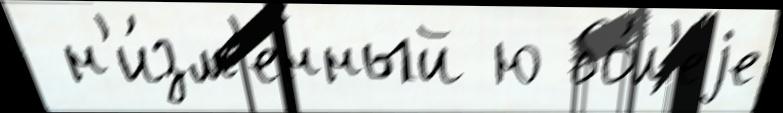
 н'и́зм'енный ю бо́л'еjе